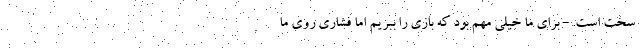
سخت است. - برای ما خیلی مهم بود که بازی را ببریم اما فشاری روی ما